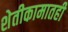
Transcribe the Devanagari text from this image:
शेतीकामातही